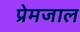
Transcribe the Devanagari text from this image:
प्रेमजाल